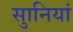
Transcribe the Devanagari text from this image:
सुानियां